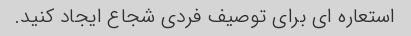
استعاره ای برای توصیف فردی شجاع ایجاد کنید.